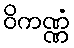
ဝိကဏ္ဏံ